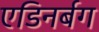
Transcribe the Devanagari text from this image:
एडिनर्बग